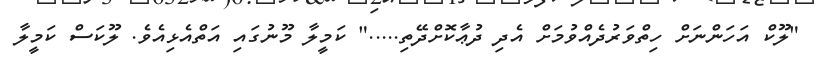
"ލޫކް އަހަންނަށް ހިތްވަރުދެއްވުމަށް އެދި ދުޢާކޮށްދޭތި....." ކަމީލާ މޫނުގައި އަތްއެޅިއެވެ. ލޫކަސް ކަމީލާ